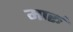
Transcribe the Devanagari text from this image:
मारूं